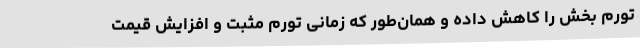
تورم بخش را کاهش داده و همان‌طور که زمانی تورم مثبت و افزایش قیمت